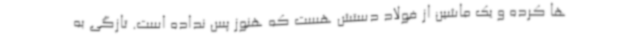
ها کرده و یک ماشین از فولاد دستش هست که هنوز پس نداده است. تازگی به